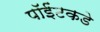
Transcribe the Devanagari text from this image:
पॉईंटकडे